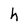
Character: h